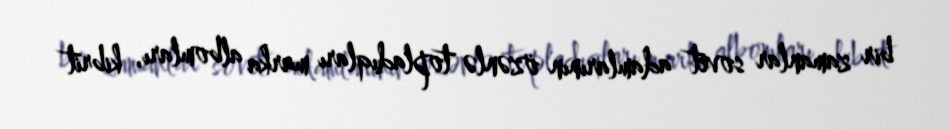
bir zamanlar sovet adamlarının özənlə topladıqları marka albomları, kibrit